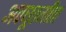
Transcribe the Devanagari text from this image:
अवधूतगीता